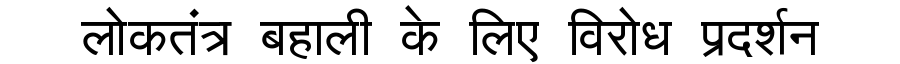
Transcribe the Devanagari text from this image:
लोकतंत्र बहाली के लिए विरोध प्रदर्शन